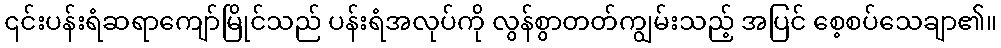
၎င်းပန်းရံဆရာကျော်မြိုင်သည် ပန်းရံအလုပ်ကို လွန်စွာတတ်ကျွမ်းသည့် အပြင် စေ့စပ်သေချာ၏။